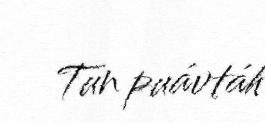
Tun puávtáh